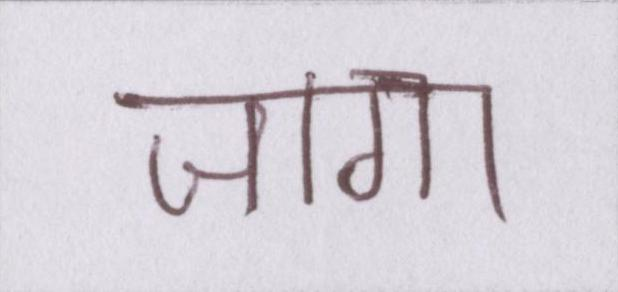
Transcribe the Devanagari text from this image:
जागा